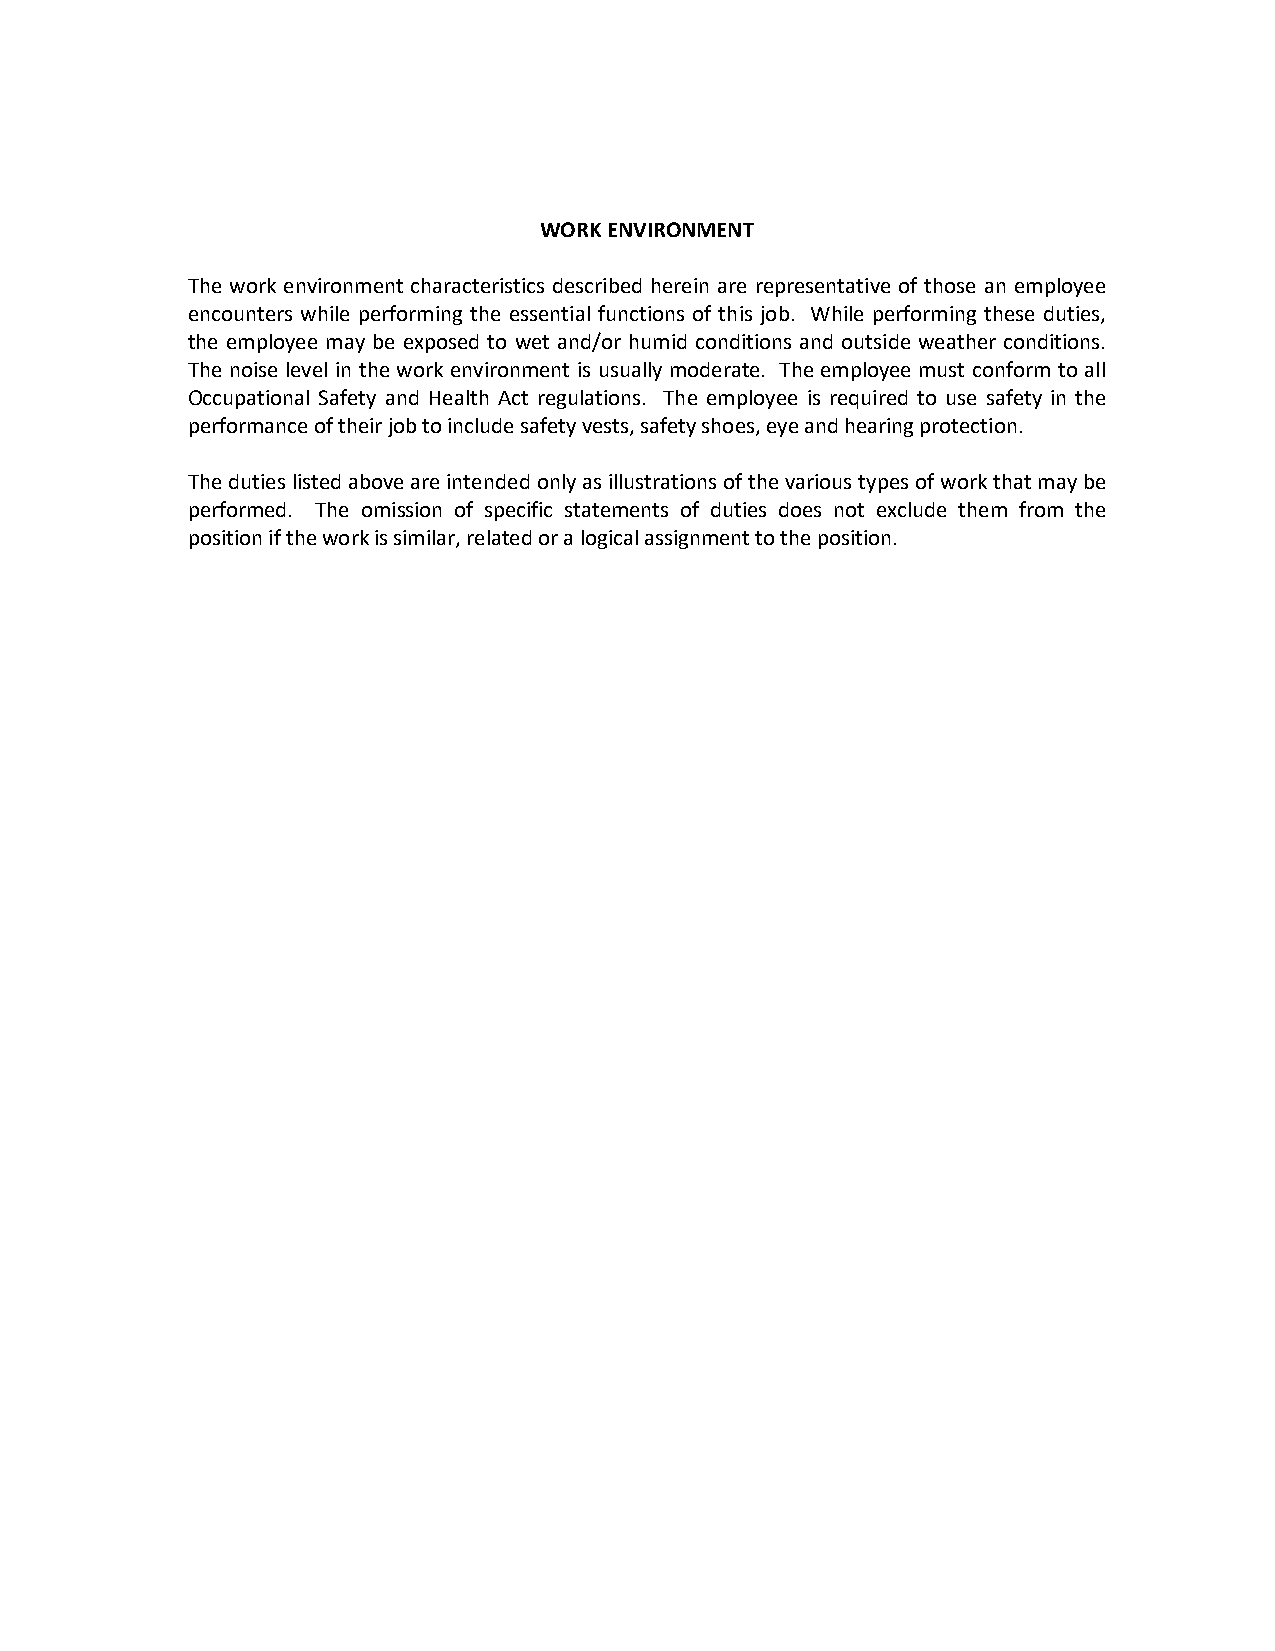
WORK ENVIRONMENT
 The work environment characteristics described herein are representative of those an employee
 encounters while performing the essential functions of this job. While performing these duties,
 the employee may be exposed to wet and/or humid conditions and outside weather conditions.
 The noise level in the work environment is usually moderate. The employee must conform to all
 Occupational Safety and Health Act regulations. The employee is required to use safety in the
 performance of their job to include safety vests, safety shoes, eye and hearing protection.
 The duties listed above are intended only as illustrations of the various types of work that may be
 performed. The omission of specific statements of duties does not exclude them from the
 position if the work is similar, related or a logical assignment to the position.